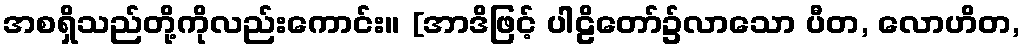
အစရှိသည်တို့ကိုလည်းကောင်း။ [အာဒိဖြင့် ပါဠိတော်၌လာသော ပီတ, လောဟိတ,